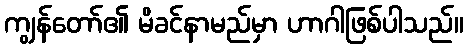
ကျွန်တော်၏ မိခင်နာမည်မှာ ဟာဂါဖြစ်ပါသည်။